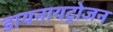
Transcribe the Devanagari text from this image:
डायनायट्रोजन